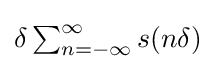
{\textstyle \delta \sum _{n=-\infty }^{\infty }s(n\delta )}